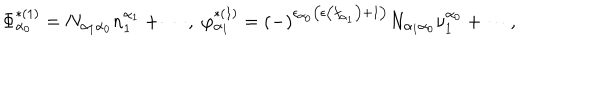
\Phi _ { \alpha _ { 0 } } ^ { * ( 1 ) } = N _ { \alpha _ { 1 } \alpha _ { 0 } } n _ { 1 } ^ { \alpha _ { 1 } } + \cdots , \; \varphi _ { \alpha _ { 1 } } ^ { * ( 1 ) } = \left( - \right) ^ { \epsilon _ { \alpha _ { 0 } } \left( \epsilon \left( f _ { \alpha _ { 1 } } \right) + 1 \right) } N _ { \alpha _ { 1 } \alpha _ { 0 } } \nu _ { 1 } ^ { \alpha _ { 0 } } + \cdots ,